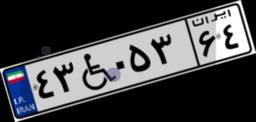
۴۳W۰۵۳۶۴